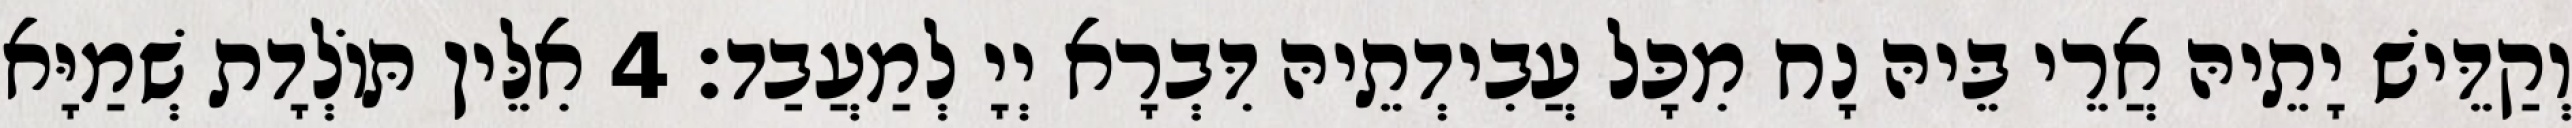
וְקַדֵּישׁ יָתֵיהּ אֲרֵי בֵּיהּ נָח מִכָּל עֲבִידְתֵיהּ דִּבְרָא יְיָ לְמַעֲבַד׃ 4 אִלֵּין תּוֹלְדָת שְׁמַיָּא